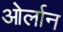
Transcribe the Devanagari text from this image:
ओर्लान